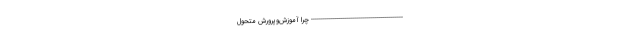
---------------------------------------------- چرا آموزش‌وپرورش متحول